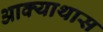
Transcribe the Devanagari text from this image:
आक्याथास